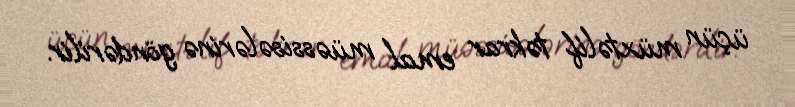
üçün müxtəlif təkrar emal müəssisələrinə göndərilir.